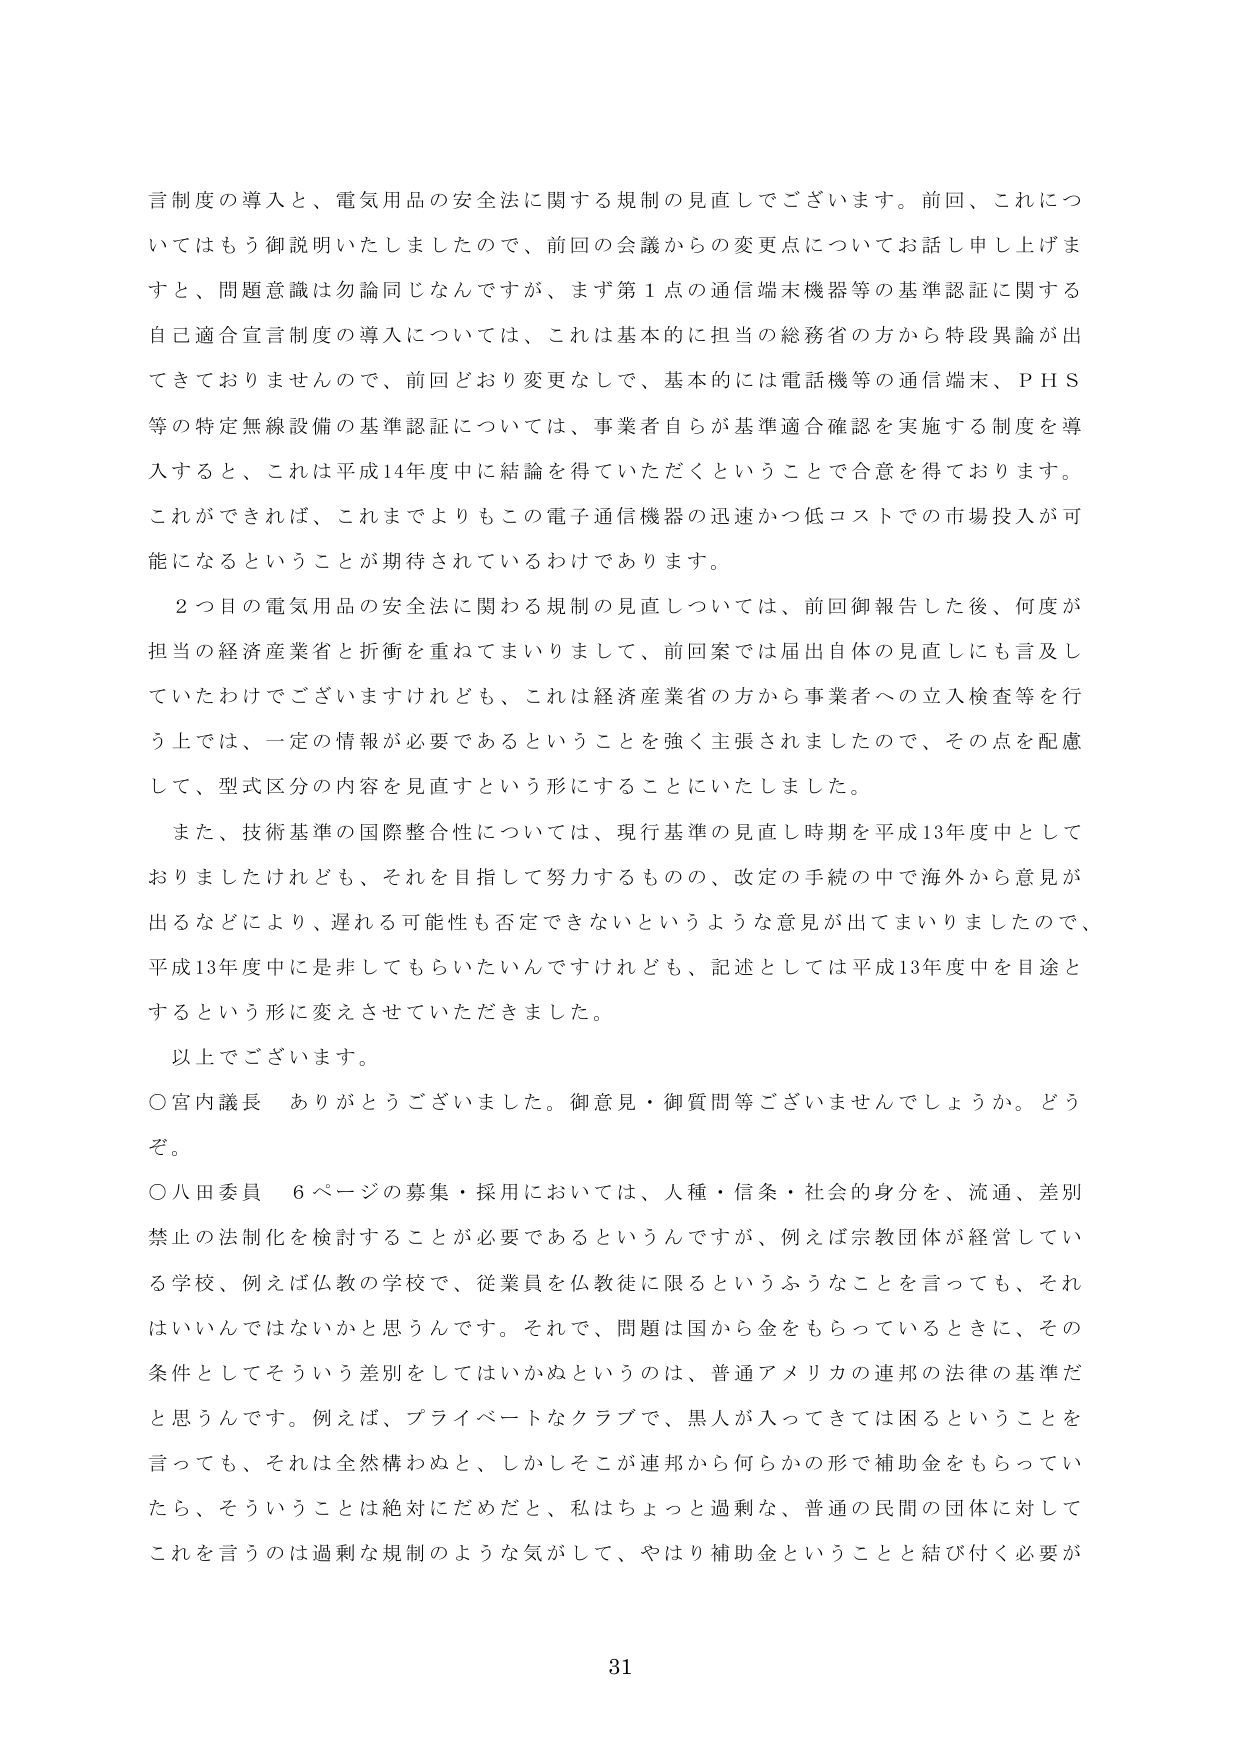
言制度の導入と、電気用品の安全法に関する規制の見直しでございます。前回、これについてはもう御説明いたしましたので、前回の会議からの変更点についてお話申し上げますと、問題意識は勿論同じなんですが、まず第１点の通信端末機器等の基準認証に関する自己適合宣言制度の導入については、これは基本的に担当の総務省の方から特段異論が出てきておりませんので、前回どおり変更なしで、基本的には電話機等の通信端末、ＰＨＳ等の特定無線設備の基準認証については、事業者自らが基準適合確認を実施する制度を導入すると、これは平成14年度中に結論を得ていただくということで合意を得ております。これができれば、これまでよりもこの電子通信機器の迅速かつ低コストでの市場投入が可能になるということが期待されているわけであります。

２つ目の電気用品の安全法に関する規制の見直しについては、前回御報告した後、何度か担当の経済産業省と折衝を重ねてまいりまして、前回案では届出自体の見直しにも言及していたわけでございますけれども、これは経済産業省の方から事業者への立入検査等を行う上では、一定の情報が必要であるということを強く主張されましたので、その点を配慮して、型式区分の内容を見直すという形にすることにいたしました。

また、技術基準の国際整合性については、現行基準の見直し時期を平成13年度中としておりましたけれども、それを目指して努力するものの、改定の手続の中で海外から意見が出るなどにより、遅れる可能性も否定できないというような意見が出てまいりましたので、平成13年度中には非してもらいたいんですけれども、記述としては平成13年度中を目途とするという形に変えさせていただきました。

以上でございます。

○宮内議長　ありがとうございました。御意見・御質問等ございませんでしょうか。どうぞ。

○八田委員　６ページの募集・採用においては、人種・信条・社会的身分を、流通、差別禁止の法制化を検討することが必要であるというんですが、例えば宗教団体が経営している学校、例えば仏教の学校で、従業員を仏教徒に限るというふうなことを言っても、それはいいんではないかと思うんです。それで、問題は国から金をもらっているときに、その条件としてそういう差別をしてはいかぬというのは、普通アメリカの連邦の法律の基準だと思うんです。例えば、プライベートなクラブで、黒人が入ってきては困るということを言っても、それは全然構わぬと、しかしそこが連邦から何らかの形で補助金をもらっていたら、そういうことは絶対にだめだと、私はちょっと過剰な、普通の民間の団体に対してこれを言うのは過剰な規制のような気がして、やはり補助金ということと結び付く必要が

31